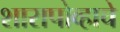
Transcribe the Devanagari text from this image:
शारापोव्हाचे